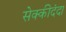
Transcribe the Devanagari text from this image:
सेक्कीदंदा